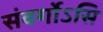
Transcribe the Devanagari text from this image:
संवर्गोऽसि